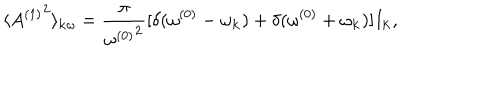
LaTeX: \langle { A ^ { ( 1 ) } } ^ { 2 } \rangle _ { { \bf k } \omega } = { \frac { \pi } { { \omega ^ { ( 0 ) } } ^ { 2 } } } [ \delta ( \omega ^ { ( 0 ) } - \omega _ { \bf k } ) + \delta ( \omega ^ { ( 0 ) } + \omega _ { \bf k } ) ] I _ { \bf k } ,